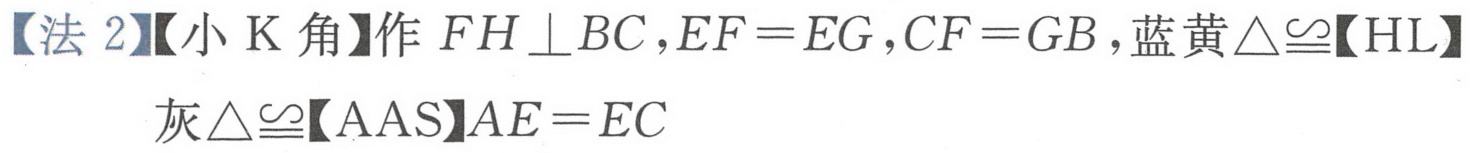
【法 2】【小 K 角】作\(FH\perp BC\)，\(EF = EG\)，\(CF = GB\)，蓝黄\(\triangle\cong\)【HL】
灰\(\triangle\cong\)【AAS】\(AE = EC\)